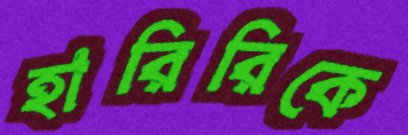
হারিরিকে